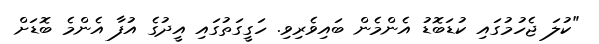
"ކުލަ ޖެހުމުގައި ކުޑަބޮޑު އެންމެން ބައިވެރިވި. ހަގީގަތުގައި އީދުގެ އުފާ އެންމެ ބޮޑަށް